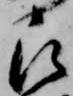
被